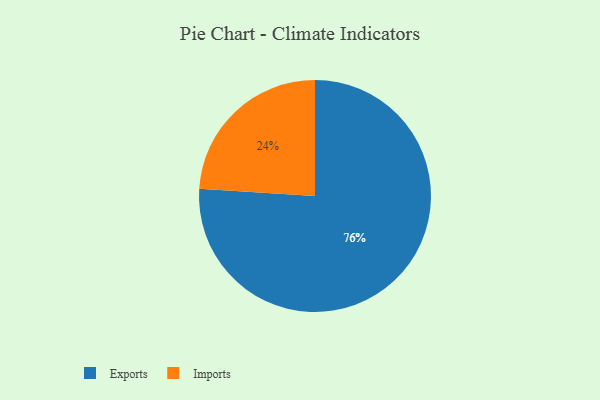
{"axis": {"x": "Category", "y": "Percentage"}, "legend": ["Exports", "Imports"], "data": [{"x": "Exports", "y": 76, "type": "Exports"}, {"x": "Imports", "y": 24, "type": "Imports"}]}